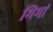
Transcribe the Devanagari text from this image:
गिर्गा